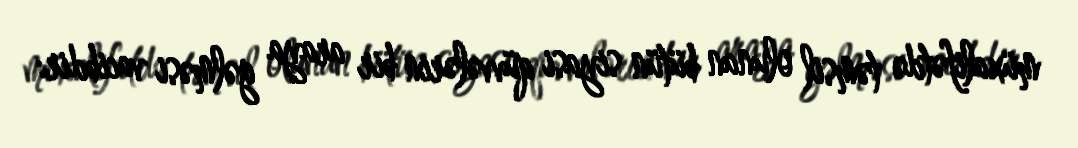
müxalifətdə təmsil olunan bütün siyasi qüvvələrin bir araya gəlməsi vacibdir: